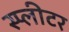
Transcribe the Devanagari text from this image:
स्प्लीटर